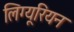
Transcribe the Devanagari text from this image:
लिग्यूरियन